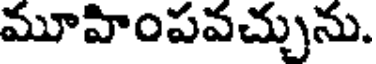
మూహింపవచ్చును.